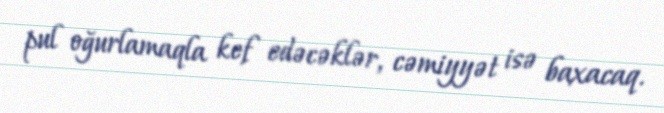
pul oğurlamaqla kef edəcəklər, cəmiyyət isə baxacaq.